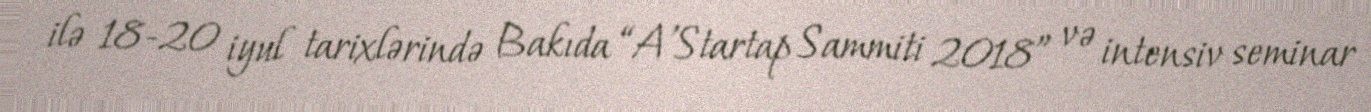
ilə 18-20 iyul tarixlərində Bakıda “A’Startap Sammiti 2018” və intensiv seminar